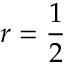
r = { \frac { 1 } { 2 } }